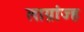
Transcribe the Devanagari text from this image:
लाग्रांज्ह